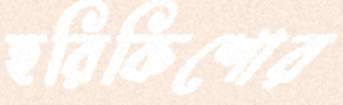
হরিকিশোর